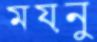
ময়নু